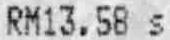
RM13.58 S